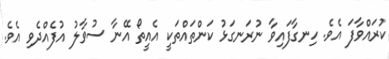
ކުރައްވާފަ އެވެ. ހިނގާފައިވާ ނުރަނގަޅު ކަންތައްތަކީ އެއީތޯ އޭނާ ސުވާލު އުފެއްދެވި އެވެ.